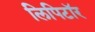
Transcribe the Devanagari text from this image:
लिपिटॉर